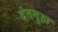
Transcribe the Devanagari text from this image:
दंतगुहा